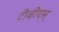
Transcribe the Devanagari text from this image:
टीव्हीएस्